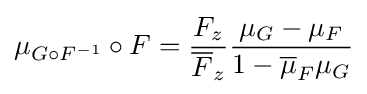
\mu _{G\circ F^{-1}}\circ F={F_{z} \over {\overline {F}}_{z}}{\mu _{G}-\mu _{F} \over 1-{\overline {\mu }}_{F}\mu _{G}}